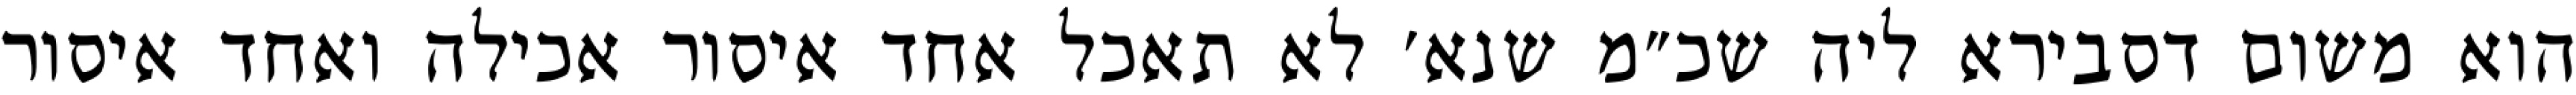
הוא משום דסבירא ליה שכ״מ שנא׳ לא תאכל אחד איסור אכילה ואחד איסור